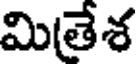
మితేశ